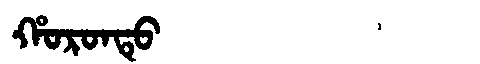
Manchu: ᡥᠣᡵᠣᠨᡨᡠ
Romanization: HORONTU